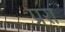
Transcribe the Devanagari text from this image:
प्ररा